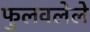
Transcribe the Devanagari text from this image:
फुलवलेले